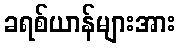
ခရစ်ယာန်များအား